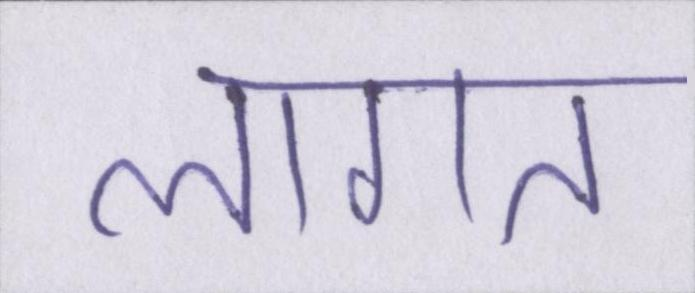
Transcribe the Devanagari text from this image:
लागत